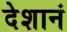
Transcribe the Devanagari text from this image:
देशानं